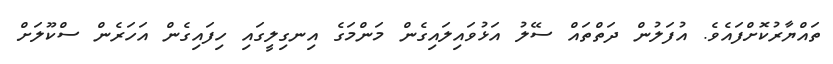
ތައްޔާރުކޮށްފައެވެ. އުފަލުން ދަތްތައް ސޭލު އަޅުވައިލައިގެން މަންމަގެ އިނގިލީގައި ހިފައިގެން އަހަރެން ސްކޫލަށް